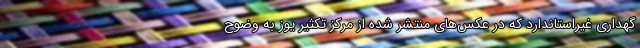
گهداری غیراستاندارد که در عکس‌های منتشر شده از مرکز تکثیر یوز به وضوح